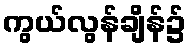
ကွယ်လွန်ချိန်၌